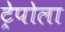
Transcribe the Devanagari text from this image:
ट्रेपोला